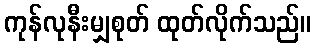
ကုန်လုနီးမျှစုတ် ထုတ်လိုက်သည်။